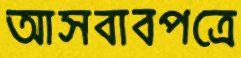
আসবাবপত্রে